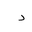
Letter: _dal